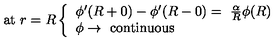
\mathrm { a t } \ r = R \left\{ \begin{array} { l l } { \phi ^ { \prime } ( R + 0 ) - \phi ^ { \prime } ( R - 0 ) = \ \frac { \alpha } { R } \phi ( R ) } \\ { \phi \rightarrow \ \mathrm { c o n t i n u o u s } } \\ \end{array} \right.